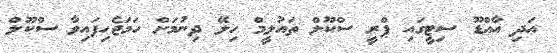
އަދި އާއްޑޫ ސިޓީގައި ޕްރީ ސްކޫލް ތައުލީމް ހިލޭ ދިނުމަށް ހަމަޖެހިފައިވާ ސްކޫލް